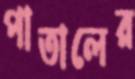
পাতালের